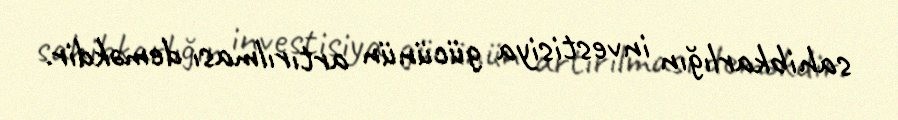
sahibkarlığın investisiya gücünün artırılması deməkdir.